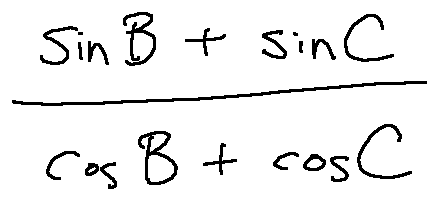
\frac { \sin B + \sin C } { \cos B + \cos C }